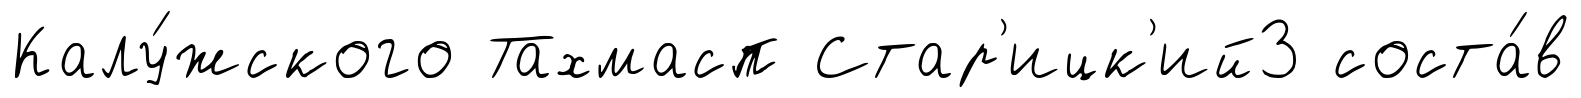
Калу́жского Тахмасп Стар'ицк'ий3 соста́в